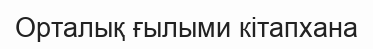
Орталық ғылыми кітапхана